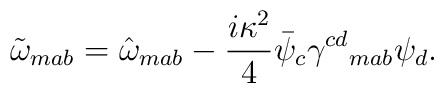
\tilde{\omega}_{mab}=\hat{\omega}_{mab}-\frac{i\kappa^2}{4}\bar{\psi}_c\gamma^{cd}{}_{mab}\psi_d.